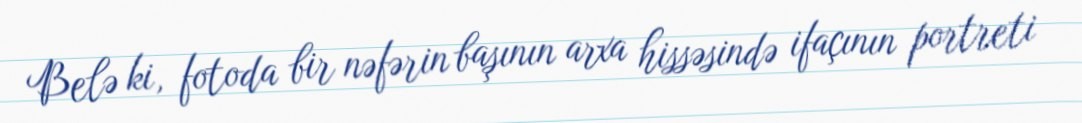
Belə ki, fotoda bir nəfərin başının arxa hissəsində ifaçının portreti